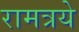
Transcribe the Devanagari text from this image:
रामत्रये